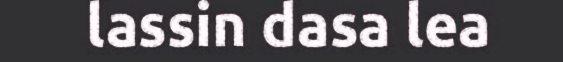
lassin dasa lea